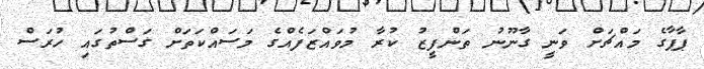
ޕާޕާގެ މައްޗަށް ވަނީ ގާނޫނު ތަންފީޒު ކުރާ މުވައްޒަފެއްގެ މަސައްކަތަށް ގަސްތުގައި ހުރަސް